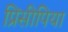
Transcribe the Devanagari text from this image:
प्रिंसीपिया